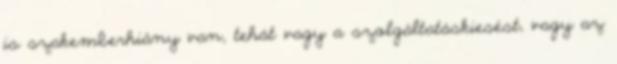
is szakemberhiány van, tehát vagy a szolgáltatáskiesést, vagy az